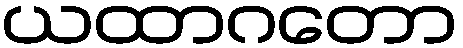
ယထာဂတော